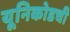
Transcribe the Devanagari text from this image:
यूनिकोडची